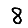
Digit: 8